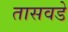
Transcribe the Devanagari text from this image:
तासवडे